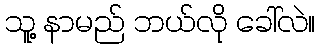
သူ့ နာမည် ဘယ်လို ခေါ်လဲ။